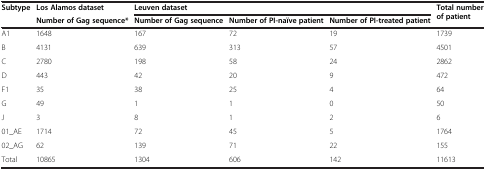
| <ROWSPAN=2> Subtype | Los Alamos dataset | <COLSPAN=3> Leuven dataset | <ROWSPAN=2> Total number of patient |
 | Number of Gag sequence* | Number of Gag sequence | Number of PI-naïve patient | Number of PI-treated patient |
 | --- | --- | --- | --- | --- | --- |
 | A1 | 1648 | 167 | 72 | 19 | 1739 |
 | B | 4131 | 639 | 313 | 57 | 4501 |
 | C | 2780 | 198 | 58 | 24 | 2862 |
 | D | 443 | 42 | 20 | 9 | 472 |
 | F1 | 35 | 38 | 25 | 4 | 64 |
 | G | 49 | 1 | 1 | 0 | 50 |
 | J | 3 | 8 | 1 | 2 | 6 |
 | 01_AE | 1714 | 72 | 45 | 5 | 1764 |
 | 02_AG | 62 | 139 | 71 | 22 | 155 |
 | Total | 10865 | 1304 | 606 | 142 | 11613 |